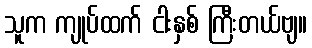
သူက ကျုပ်ထက် ငါးနှစ် ကြီးတယ်ဗျ။